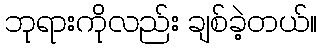
ဘုရားကိုလည်း ချစ်ခဲ့တယ်။